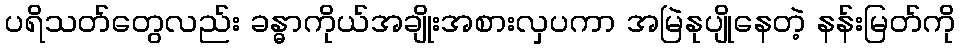
ပရိသတ်တွေလည်း ခန္ဓာကိုယ်အချိုးအစားလှပကာ အမြဲနုပျိုနေတဲ့ နန်းမြတ်ကို